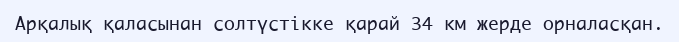
Арқалық қаласынан солтүстікке қарай 34 км жерде орналасқан.